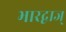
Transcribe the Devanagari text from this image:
भारद्वाज्